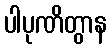
ပါပုဏိတွာန